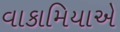
વાકામિયાએ